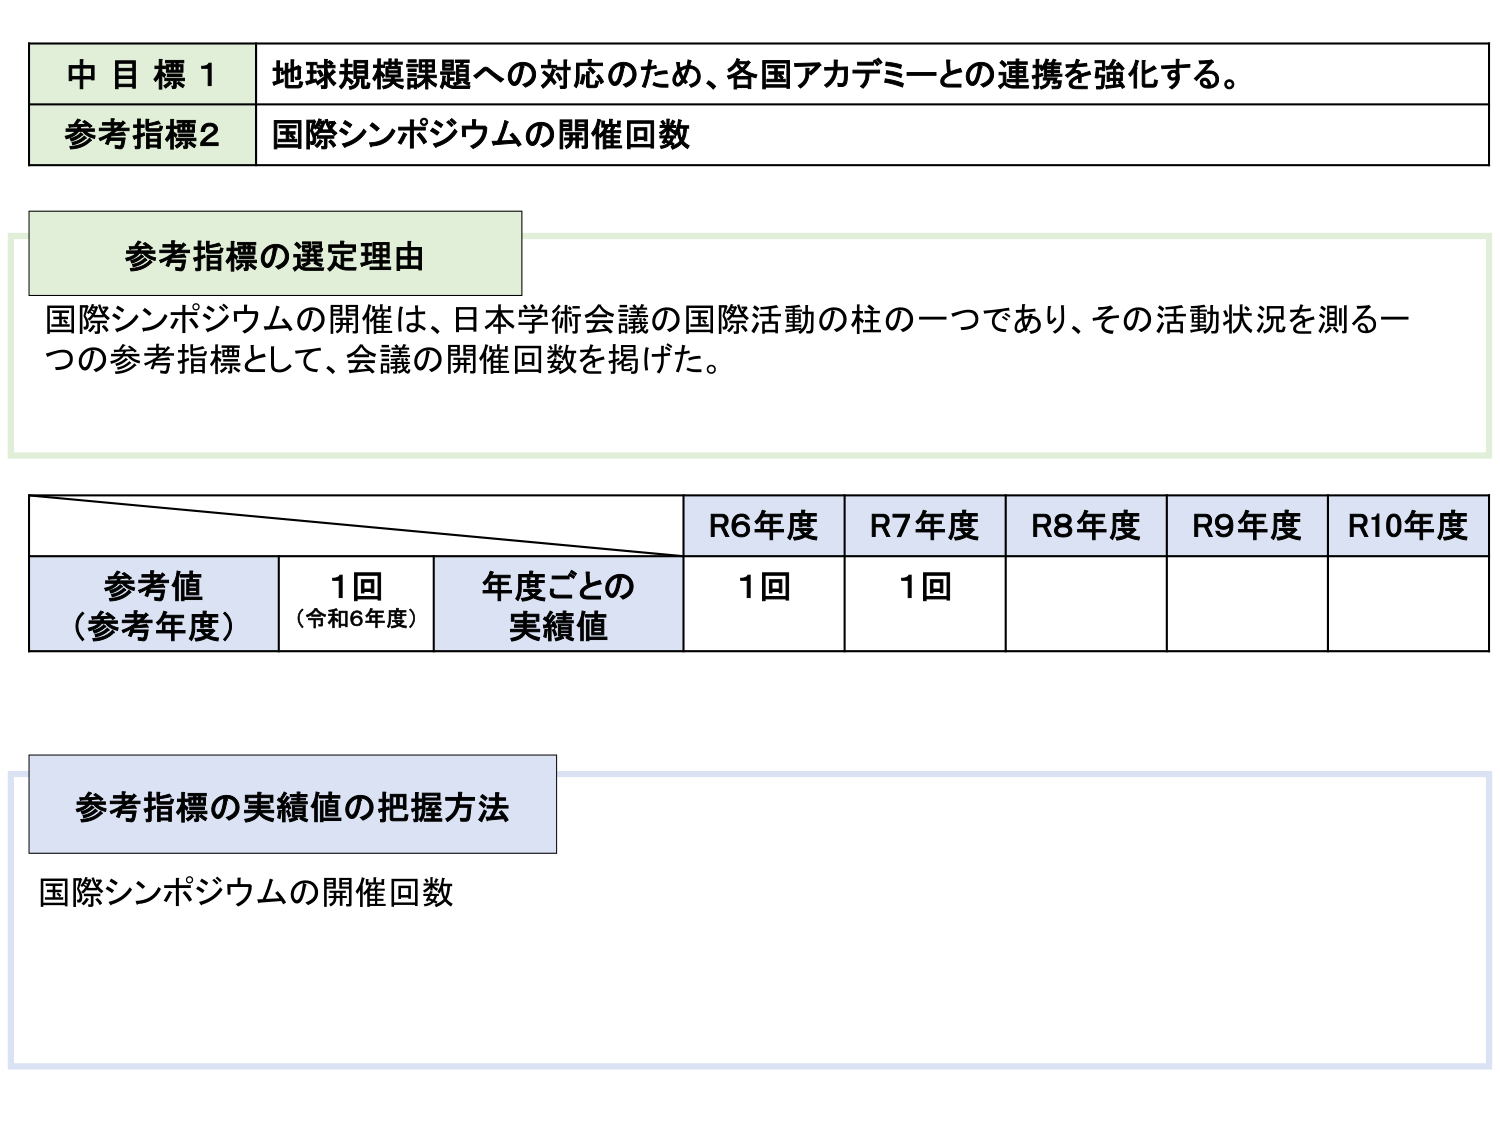
中目標1 地球規模課題への対応のため、各国アカデミーとの連携を強化する。
参考指標2 国際シンポジウムの開催回数

参考指標の選定理由
国際シンポジウムの開催は、日本学術会議の国際活動の柱の一つであり、その活動状況を測る一つの参考指標として、会議の開催回数を掲げた。

R6年度 R7年度 R8年度 R9年度 R10年度
参考値（参考年度） 1回（令和6年度） 年度ごとの実績値 1回 1回

参考指標の実績値の把握方法
国際シンポジウムの開催回数